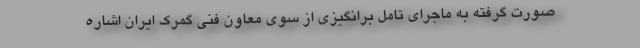
صورت گرفته به ماجرای تامل برانگیزی از سوی معاون فنی گمرک ایران اشاره